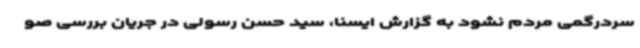
سردرگمی مردم نشود به گزارش ایسنا، سید حسن رسولی در جریان بررسی صو